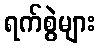
ရက်စွဲများ